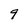
Character: 9